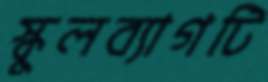
স্কুলব্যাগটি